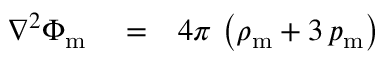
\begin{array} { r l r } { \nabla ^ { 2 } \Phi _ { \mathrm { m } } } & { { } = } & { 4 \pi \, \left( \rho _ { \mathrm { m } } + 3 \, p _ { \mathrm { m } } \right) } \end{array}